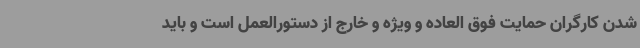
شدن کارگران حمایت فوق العاده و ویژه و خارج از دستورالعمل است و باید